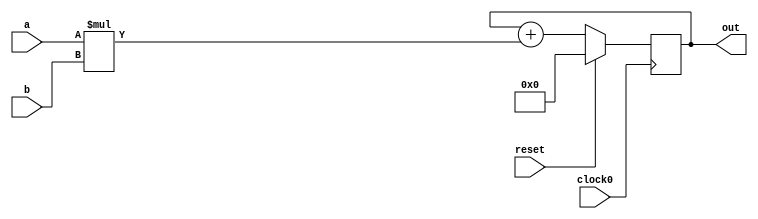
// `include "../dsp_bm_defines.v"
`define MAC_32 1

module mac_32_unit(clock0, reset, a, b, out);

   input clock0, reset;
   input signed [15 : 0] a, b;
   output signed [31 : 0] out;
   
   reg signed [31 : 0] out;

      always @(posedge clock0)
       begin
         if(reset) out <= 0;
         else out <= out + (a * b);
       end

endmodule



module mac_32(id, clock0, reset, a,b, out);
   
   input clock0, reset;
   input signed [15 : 0] a,b;
   output signed [31 : 0] out;
   input [0:$clog2(`MAC_32+1) - 1] id;
   
   
   wire signed [31:0] output_bus [0:`MAC_32 - 1];
   reg signed [15:0] input_a [0:`MAC_32 - 1];
   reg signed [15:0] input_b [0:`MAC_32 - 1];


   genvar i;
   generate
      for(i = 0; i < `MAC_32; i = i + 1)begin
         mac_32_unit a0(clock0, reset, input_a[i], input_b[i], output_bus[i]);
      end
   endgenerate
   assign out = output_bus[id];
   integer j;
   
   always @(posedge clock0) begin
      if (reset) begin
         for (j = 0; j < `MAC_32; j=j+1) begin
            input_a[j]           = 'd0;
            input_b[j]           = 'd0;
         end
      end
      input_a[id] = a;
      input_b[id] = b;
  end

endmodule